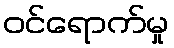
ဝင်ရောက်မှု